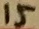
Text: 15